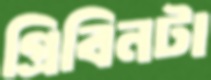
গ্রিবিনটা